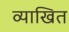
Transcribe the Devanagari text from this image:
व्याखित